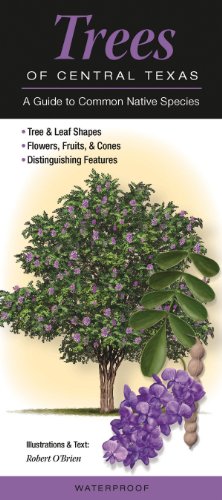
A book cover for Trees of Central Texas: A Guide to Common Native Species (Quick Reference Guides); Robert O'Brien; Science & Math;